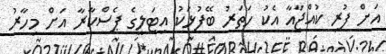
އަށް ފުރި ކުއްޖާއާ އެކު ހަތަރު ބޭފުޅަކު އިޓަލީގެ ޕެސްކާރާ އަށް މިހާރު